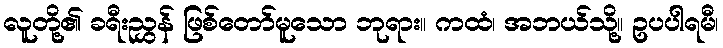
လူတို့၏ ခရီးညွှန် ဖြစ်တော်မူသော ဘုရား။ ကထံ၊ အဘယ်သို့။ ဥပပါရမီ၊